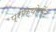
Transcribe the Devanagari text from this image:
प्रोक्योर्मेंट